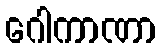
ဂေါကာဏာ